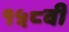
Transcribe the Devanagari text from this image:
१५८वीं